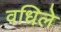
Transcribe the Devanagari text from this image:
वधिले